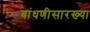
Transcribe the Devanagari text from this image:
बांधणीसारख्या